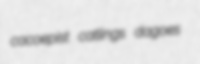
cacoepist catlings dagoes